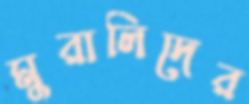
মুরালিদের